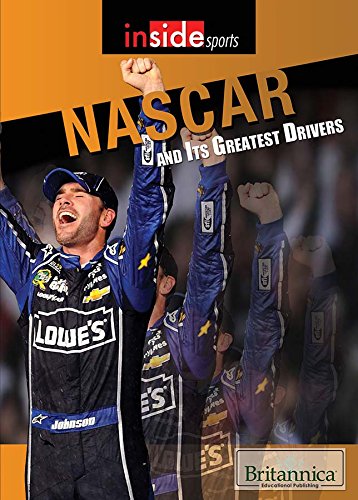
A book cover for NASCAR and Its Greatest Drivers (Inside Sports); Teen & Young Adult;